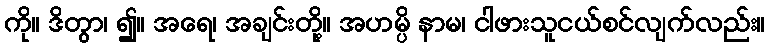
ကို။ ဒိတွာ၊ ၍။ အရေ၊ အချင်းတို့။ အဟမ္ပိ နာမ၊ ငါဖားသူငယ်စင်လျက်လည်း။